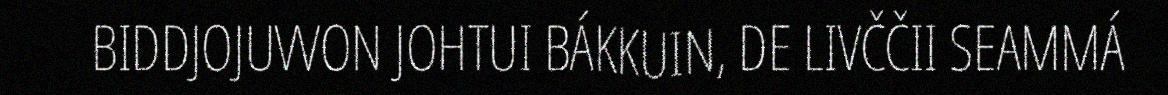
BIDDJOJUVVON JOHTUI BÁKKUIN, DE LIVČČII SEAMMÁ